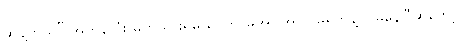
ဆန့်တယ်” အကုန်လုံး မှတ်သွားရမယ်၊ ဘာမှအပြုအပြင်မရှိဘဲနဲ့ ငြိမ်နေပြီဆိုတော့